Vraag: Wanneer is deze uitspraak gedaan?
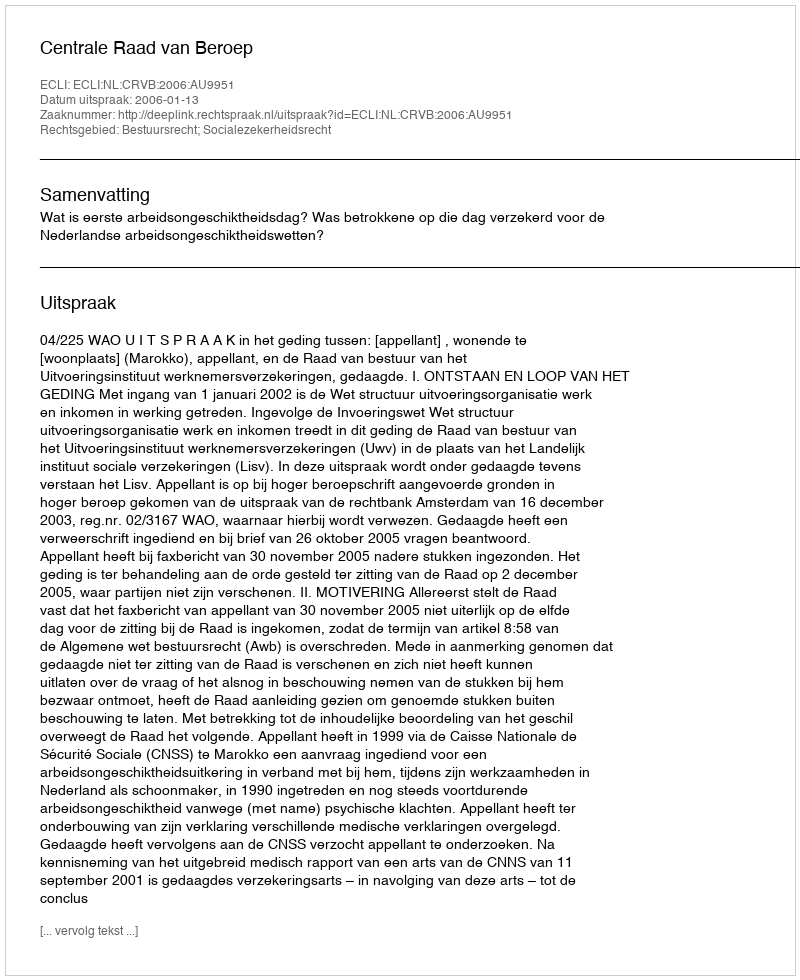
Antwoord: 2006-01-13